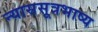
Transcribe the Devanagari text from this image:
न्याससूत्रभाष्य